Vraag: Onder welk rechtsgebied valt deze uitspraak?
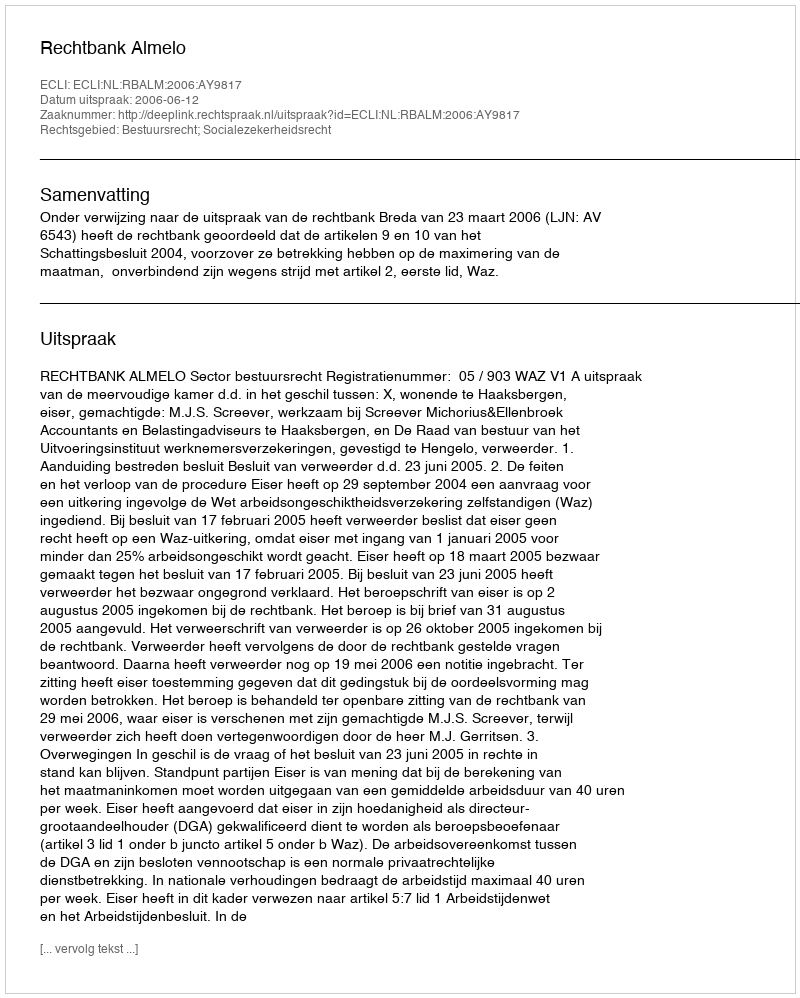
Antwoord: Bestuursrecht; Socialezekerheidsrecht